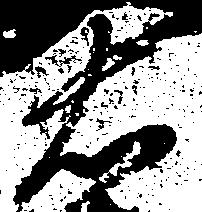
右